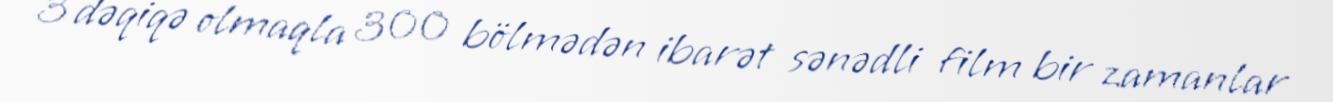
3 dəqiqə olmaqla 300 bölmədən ibarət sənədli film bir zamanlar